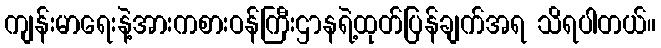
ကျန်းမာရေးနဲ့အားကစားဝန်ကြီးဌာနရဲ့ထုတ်ပြန်ချက်အရ သိရပါတယ်။